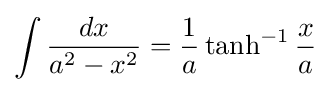
\int {\frac {dx}{a^{2}-x^{2}}}={\frac {1}{a}}\tanh ^{-1}{\frac {x}{a}}